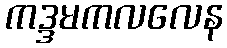
ကဒ္ဒမကလလေန